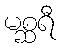
မစ္ဆရီ